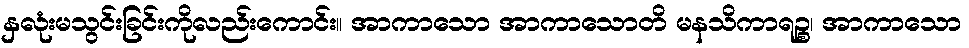
နှလုံးမသွင်းခြင်းကိုလည်းကောင်း။ အာကာသော အာကာသောတိ မနသိကာရဉ္စ၊ အာကာသော